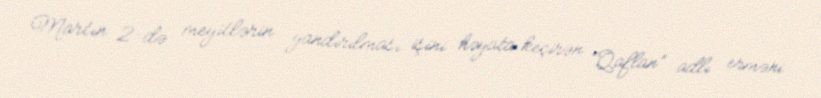
Martın 2-də meyitlərin yandırılması işini həyata keçirən “Qaflan” adlı erməni